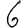
Digit: 6